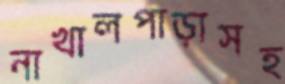
নাখালপাড়াসহ